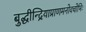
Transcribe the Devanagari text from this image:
बुद्धीन्द्रियाप्राणमनोवचोभिः